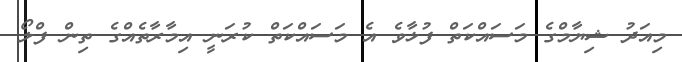
މިއަދު ޝިޔާމްގެ މަސައްކަތް ފުޅާވެ އެ މަސައްކަތް ކުރަނީ އިމާރާތެއްގެ ތިން ފްލޯ